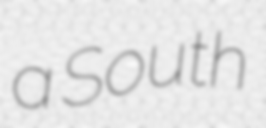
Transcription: a South